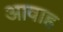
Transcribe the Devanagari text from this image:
आवाह